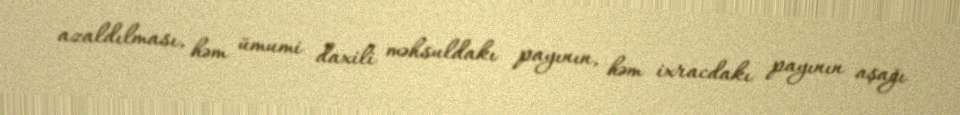
azaldılması, həm ümumi daxili məhsuldakı payının, həm ixracdakı payının aşağı